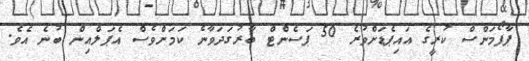
ޕާފޯމަންސް ކުރީގެ އައިޕެޑަށްވުރެ 50 ޕަސެންޓް ބާރުގަދަވާނެ ކަމަށްވެސް އެޕަލްއިން ބުނެ އެވެ.